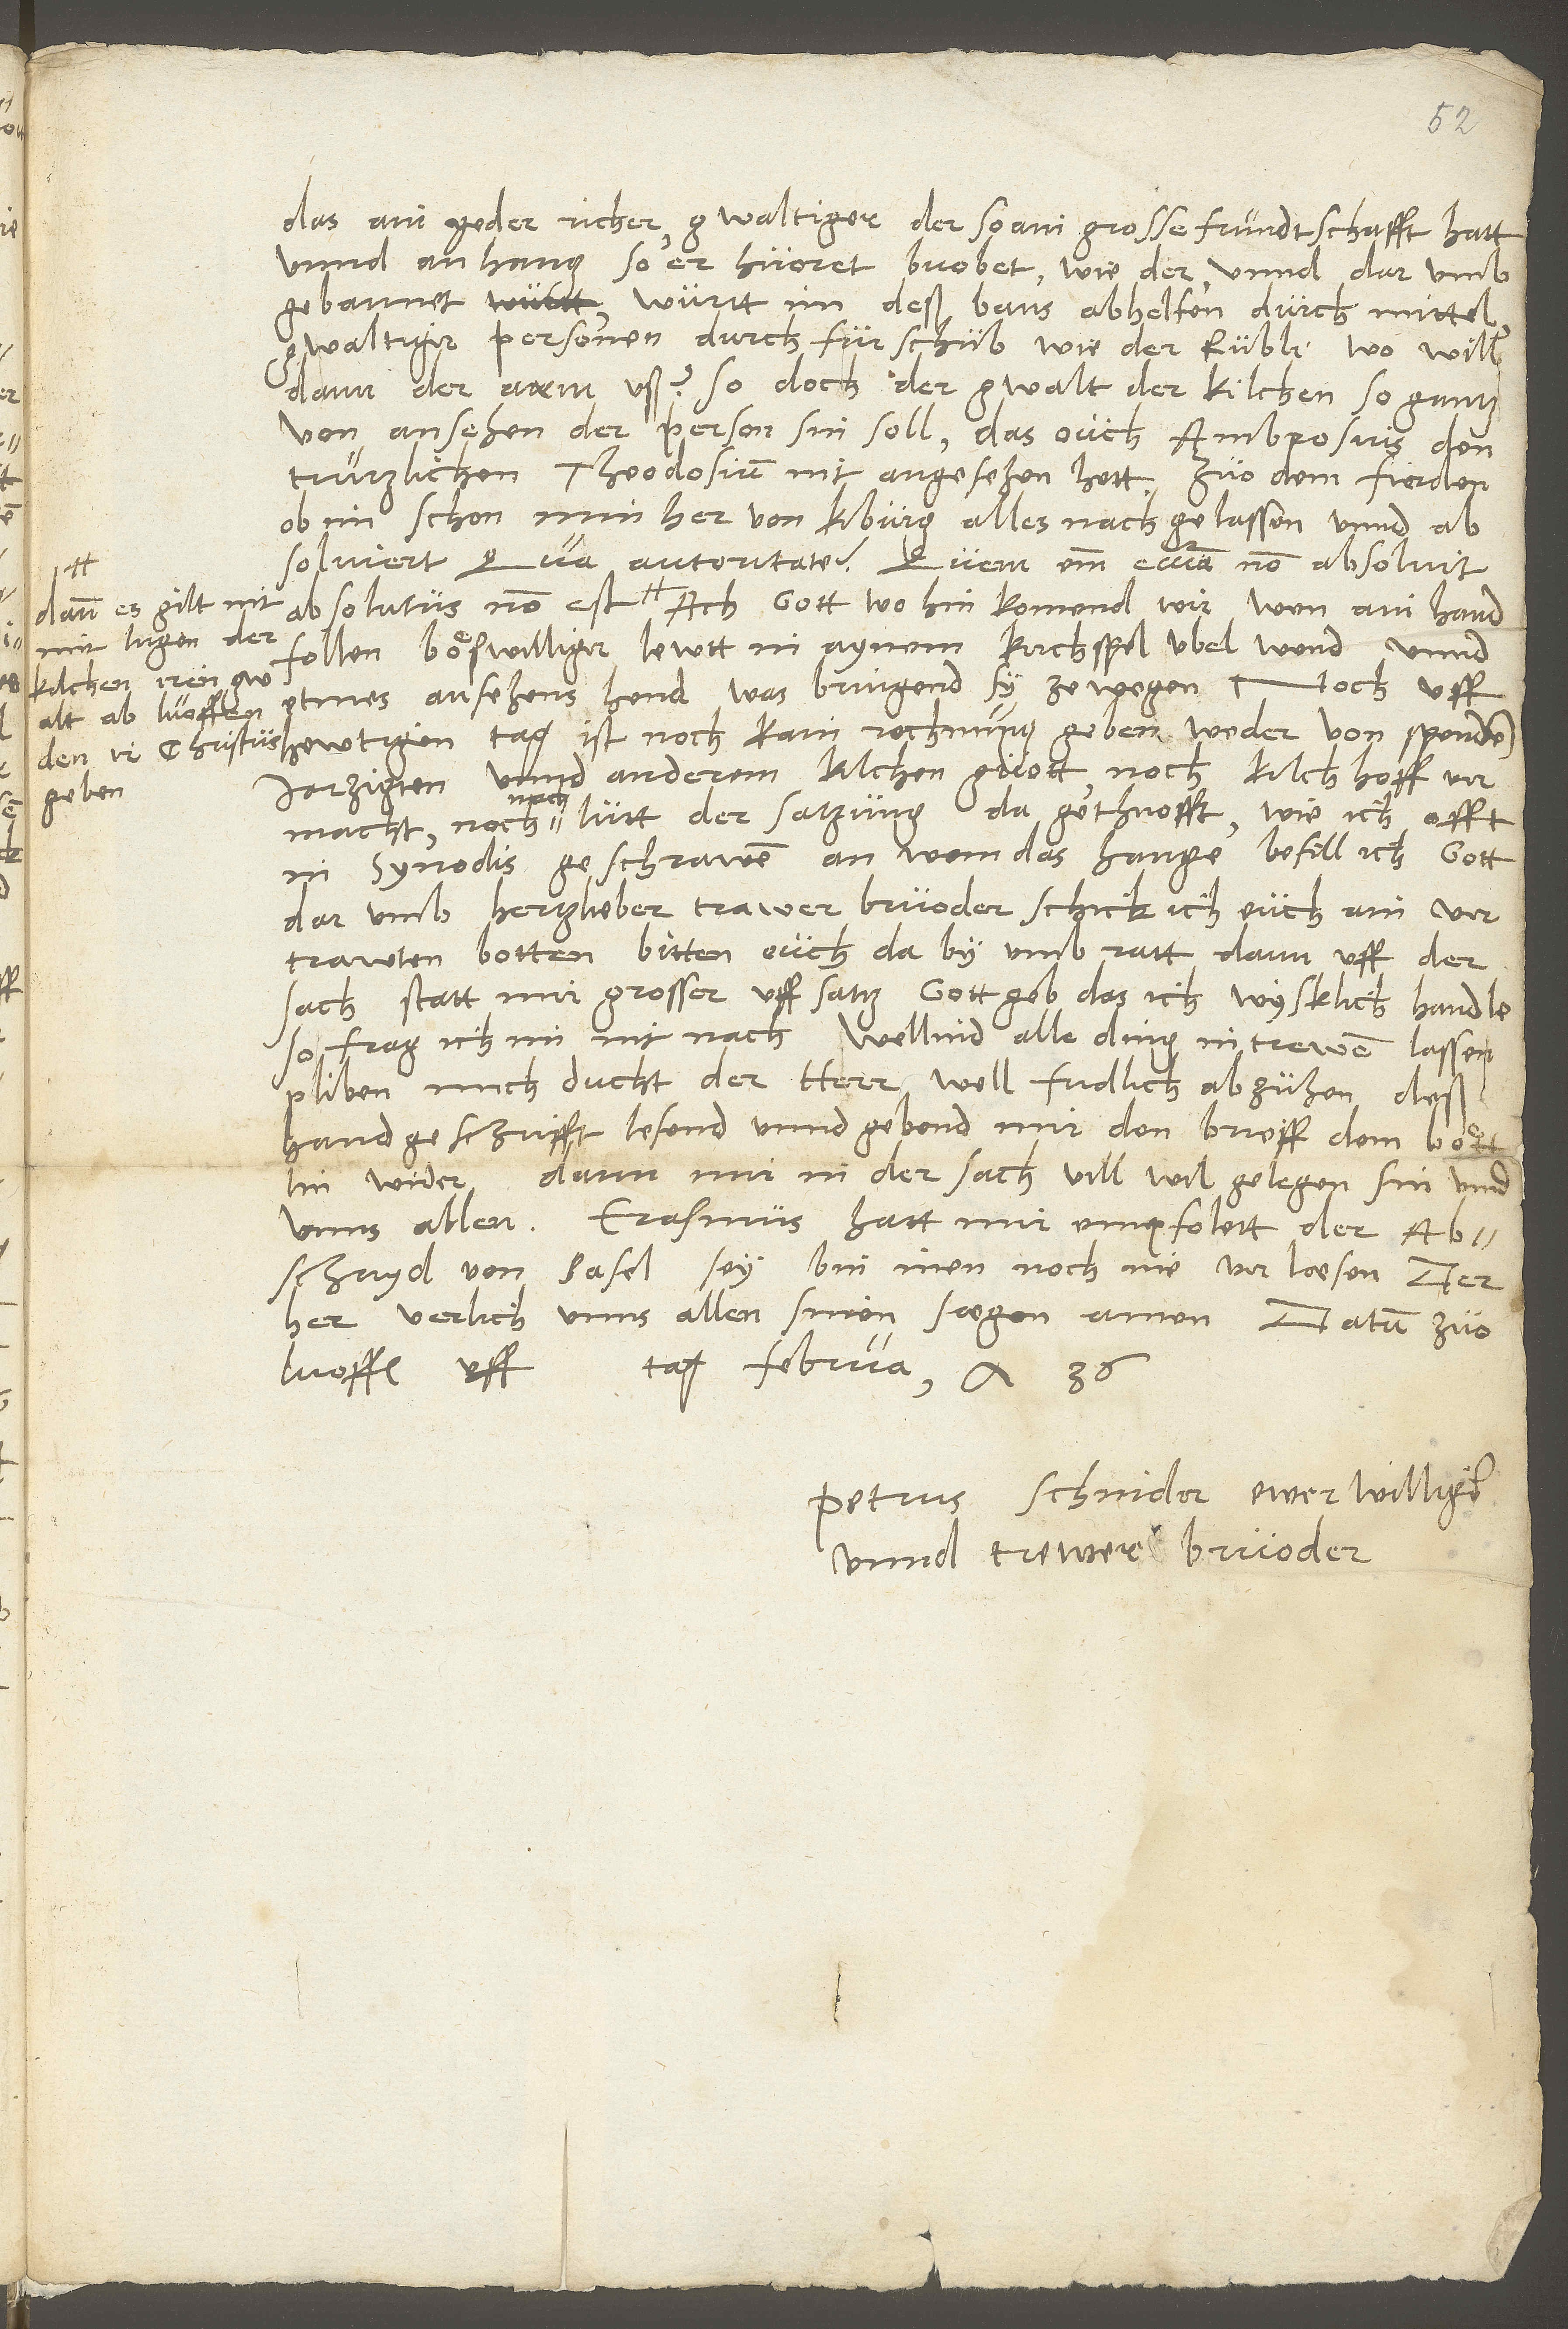
das ain yeder richer, gwaltiger, der so ain grosse frundtschafft hatt
unnd anhang, so er huoret, buobet wie der unnd darumb
gebannet wurtt, im deß bans abhelfen durch mittel
gwaltiger personen, durch furschub wie der Rubli, wo will
dann der arm uß? So doch der gwalt der kilchen so gantz
von ansehen der person sin soll, das ouch Ambrosius den
trutzlichen Theodosium nit angesehen hett. Zuo dem fierden,
ob im schon min her von Kiburg alles nachgelassen unnd
absolviert, qua autoritate? Quem enim ecclesia non absolvit,
dann es gilt nit
mit lugen der
handfollen böswilliger lewtt in aynem kirchspel ubel wend unnd
kilchen irin
Noch uff
etmes ansehens hend, was bringend sy zewegen!
gwalt abluoffen,
hewtigen tag ist noch kain rechnung geben, weder von spenden,
den ir Christus
anderem kilchenguott, noch kilchhoff
jarzigten unnd
vermacht, noch nach lutt der satzung da gethuofft, wie ich offt
in synodis geschrawen. An wem das hange, befill ich gott.
Darumb, hertzlieber, trawer bruoder, schick ich euch ain
vertrawten botten, bitten euch daby umb ratt, dann uff der
sach statt mir grosser uffsatz. Gott geb, das ich wysklich handle;
so frag ich im nit nach. Wellind alle ding in trewen lassen
pliben. Mich ducht, der herr well fridlich abzuhen; deß
handgeschrifft lesend unnd gebend mir den brieff dem böttlin
wider; dann mir in der sach vill wil gelegen sin, unnd
unns allen. Erasmus hatt mir empfolett, der
abschayd von Basel sey bin inen noch nie verläsen Der
her verlich unns allen sinen sägen. Amen. Datum zuo
februarii anno 36.
Luoffen uff
Petrus Schnider, ewer willger